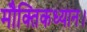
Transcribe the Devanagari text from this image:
मौक्तिकध्यान।